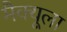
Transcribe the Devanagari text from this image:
मैक्‍यूला